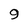
Character: 9